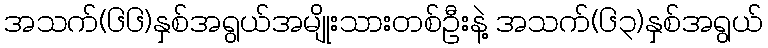
အသက်(၆၆)နှစ်အရွယ်အမျိုးသားတစ်ဦးနဲ့ အသက်(၆၃)နှစ်အရွယ်